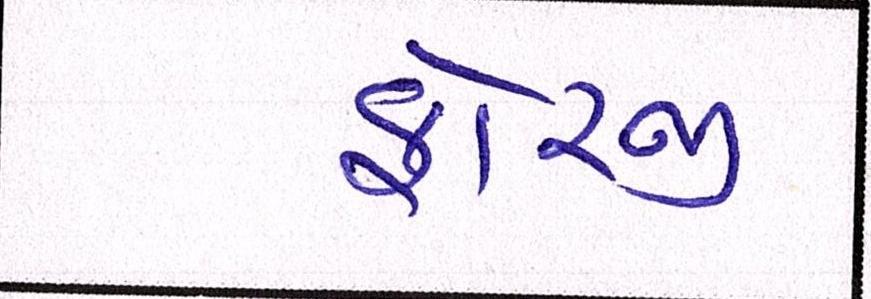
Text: ફોરજી